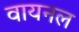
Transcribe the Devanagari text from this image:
वायनल